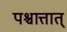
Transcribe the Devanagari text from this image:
पश्चात्तात्‌